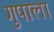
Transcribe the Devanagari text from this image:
गुपाला